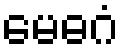
မေဓဂံ